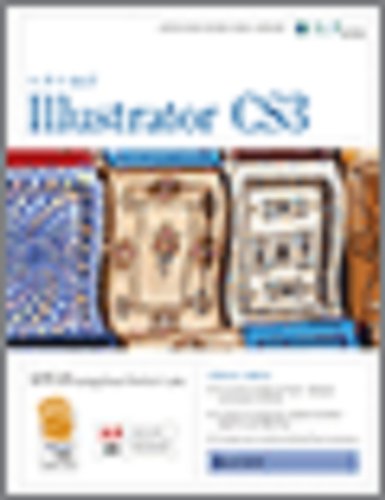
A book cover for Illustrator Cs3: Basic, Ace Edition + Certblaster, Instructor's Edition (ILT); Axzo Press; Computers & Technology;